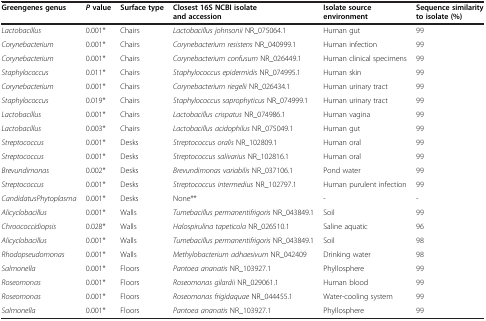
<table><thead><tr><td><b>Greengenes genus</b></td><td><b><i>P </i>value</b></td><td><b>Surface type</b></td><td><b>Closest 16S NCBI isolate and accession</b></td><td><b>Isolate source environment</b></td><td><b>Sequence similarity to isolate (%)</b></td></tr></thead><tbody><tr><td><i>Lactobacillus</i></td><td>0.001*</td><td>Chairs</td><td><i>Lactobacillus johnsonii</i> NR_075064.1</td><td>Human gut</td><td>99</td></tr><tr><td><i>Corynebacterium</i></td><td>0.001*</td><td>Chairs</td><td><i>Corynebacterium resistens</i> NR_040999.1</td><td>Human infection</td><td>99</td></tr><tr><td><i>Corynebacterium</i></td><td>0.001*</td><td>Chairs</td><td><i>Corynebacterium confusum</i> NR_026449.1</td><td>Human clinical specimens</td><td>99</td></tr><tr><td><i>Staphylococcus</i></td><td>0.011*</td><td>Chairs</td><td><i>Staphylococcus epidermidis</i> NR_074995.1</td><td>Human skin</td><td>99</td></tr><tr><td><i>Corynebacterium</i></td><td>0.001*</td><td>Chairs</td><td><i>Corynebacterium riegelii</i> NR_026434.1</td><td>Human urinary tract</td><td>99</td></tr><tr><td><i>Staphylococcus</i></td><td>0.019*</td><td>Chairs</td><td><i>Staphylococcus saprophyticus</i> NR_074999.1</td><td>Human urinary tract</td><td>99</td></tr><tr><td><i>Lactobacillus</i></td><td>0.001*</td><td>Chairs</td><td><i>Lactobacillus crispatus</i> NR_074986.1</td><td>Human vagina</td><td>99</td></tr><tr><td><i>Lactobacillus</i></td><td>0.003*</td><td>Chairs</td><td><i>Lactobacillus acidophilus</i> NR_075049.1</td><td>Human gut</td><td>99</td></tr><tr><td><i>Streptococcus</i></td><td>0.001*</td><td>Desks</td><td><i>Streptococcus oralis</i> NR_102809.1</td><td>Human oral</td><td>99</td></tr><tr><td><i>Streptococcus</i></td><td>0.001*</td><td>Desks</td><td><i>Streptococcus salivarius</i> NR_102816.1</td><td>Human oral</td><td>99</td></tr><tr><td><i>Brevundimonas</i></td><td>0.002*</td><td>Desks</td><td><i>Brevundimonas variabilis</i> NR_037106.1</td><td>Pond water</td><td>99</td></tr><tr><td><i>Streptococcus</i></td><td>0.001*</td><td>Desks</td><td><i>Streptococcus intermedius</i> NR_102797.1</td><td>Human purulent infection</td><td>99</td></tr><tr><td><i>CandidatusPhytoplasma</i></td><td>0.001*</td><td>Desks</td><td>None**</td><td>-</td><td>-</td></tr><tr><td><i>Alicyclobacillus</i></td><td>0.001*</td><td>Walls</td><td><i>Tumebacillus permanentifrigoris</i> NR_043849.1</td><td>Soil</td><td>99</td></tr><tr><td><i>Chroococcidiopsis</i></td><td>0.028*</td><td>Walls</td><td><i>Halospirulina tapeticola</i> NR_026510.1</td><td>Saline aquatic</td><td>96</td></tr><tr><td><i>Alicyclobacillus</i></td><td>0.001*</td><td>Walls</td><td><i>Tumebacillus permanentifrigoris</i> NR_043849.1</td><td>Soil</td><td>98</td></tr><tr><td><i>Rhodopseudomonas</i></td><td>0.001*</td><td>Walls</td><td><i>Methylobacterium adhaesivum</i> NR_042409</td><td>Drinking water</td><td>98</td></tr><tr><td><i>Salmonella</i></td><td>0.001*</td><td>Floors</td><td><i>Pantoea ananatis</i> NR_103927.1</td><td>Phyllosphere</td><td>99</td></tr><tr><td><i>Roseomonas</i></td><td>0.001*</td><td>Floors</td><td><i>Roseomonas gilardii</i> NR_029061.1</td><td>Human blood</td><td>99</td></tr><tr><td><i>Roseomonas</i></td><td>0.001*</td><td>Floors</td><td><i>Roseomonas frigidaquae</i> NR_044455.1</td><td>Water-cooling system</td><td>99</td></tr><tr><td><i>Salmonella</i></td><td>0.001*</td><td>Floors</td><td><i>Pantoea ananatis</i> NR_103927.1</td><td>Phyllosphere</td><td>99</td></tr></tbody></table>